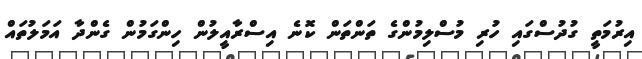
އިރުމަތީ ގުދުސްގައި ހުރި މުސްލިމުންގެ ތަންތަން ކޮނެ އިސްރާއީލުން ހިންގަމުން ގެންދާ އަމަލުތައް